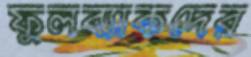
ফুলব্যাকদের